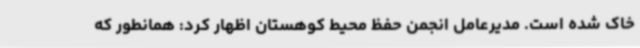
خاک شده‌ است. مدیرعامل انجمن حفظ محیط کوهستان اظهار کرد: همانطور که